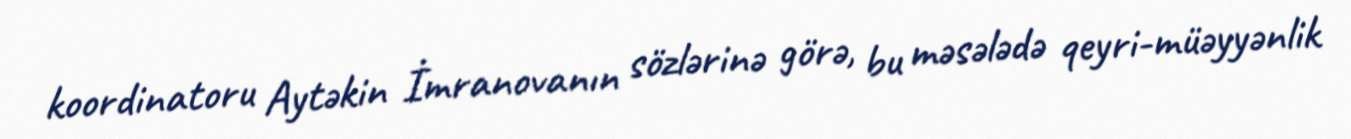
koordinatoru Aytəkin İmranovanın sözlərinə görə, bu məsələdə qeyri-müəyyənlik